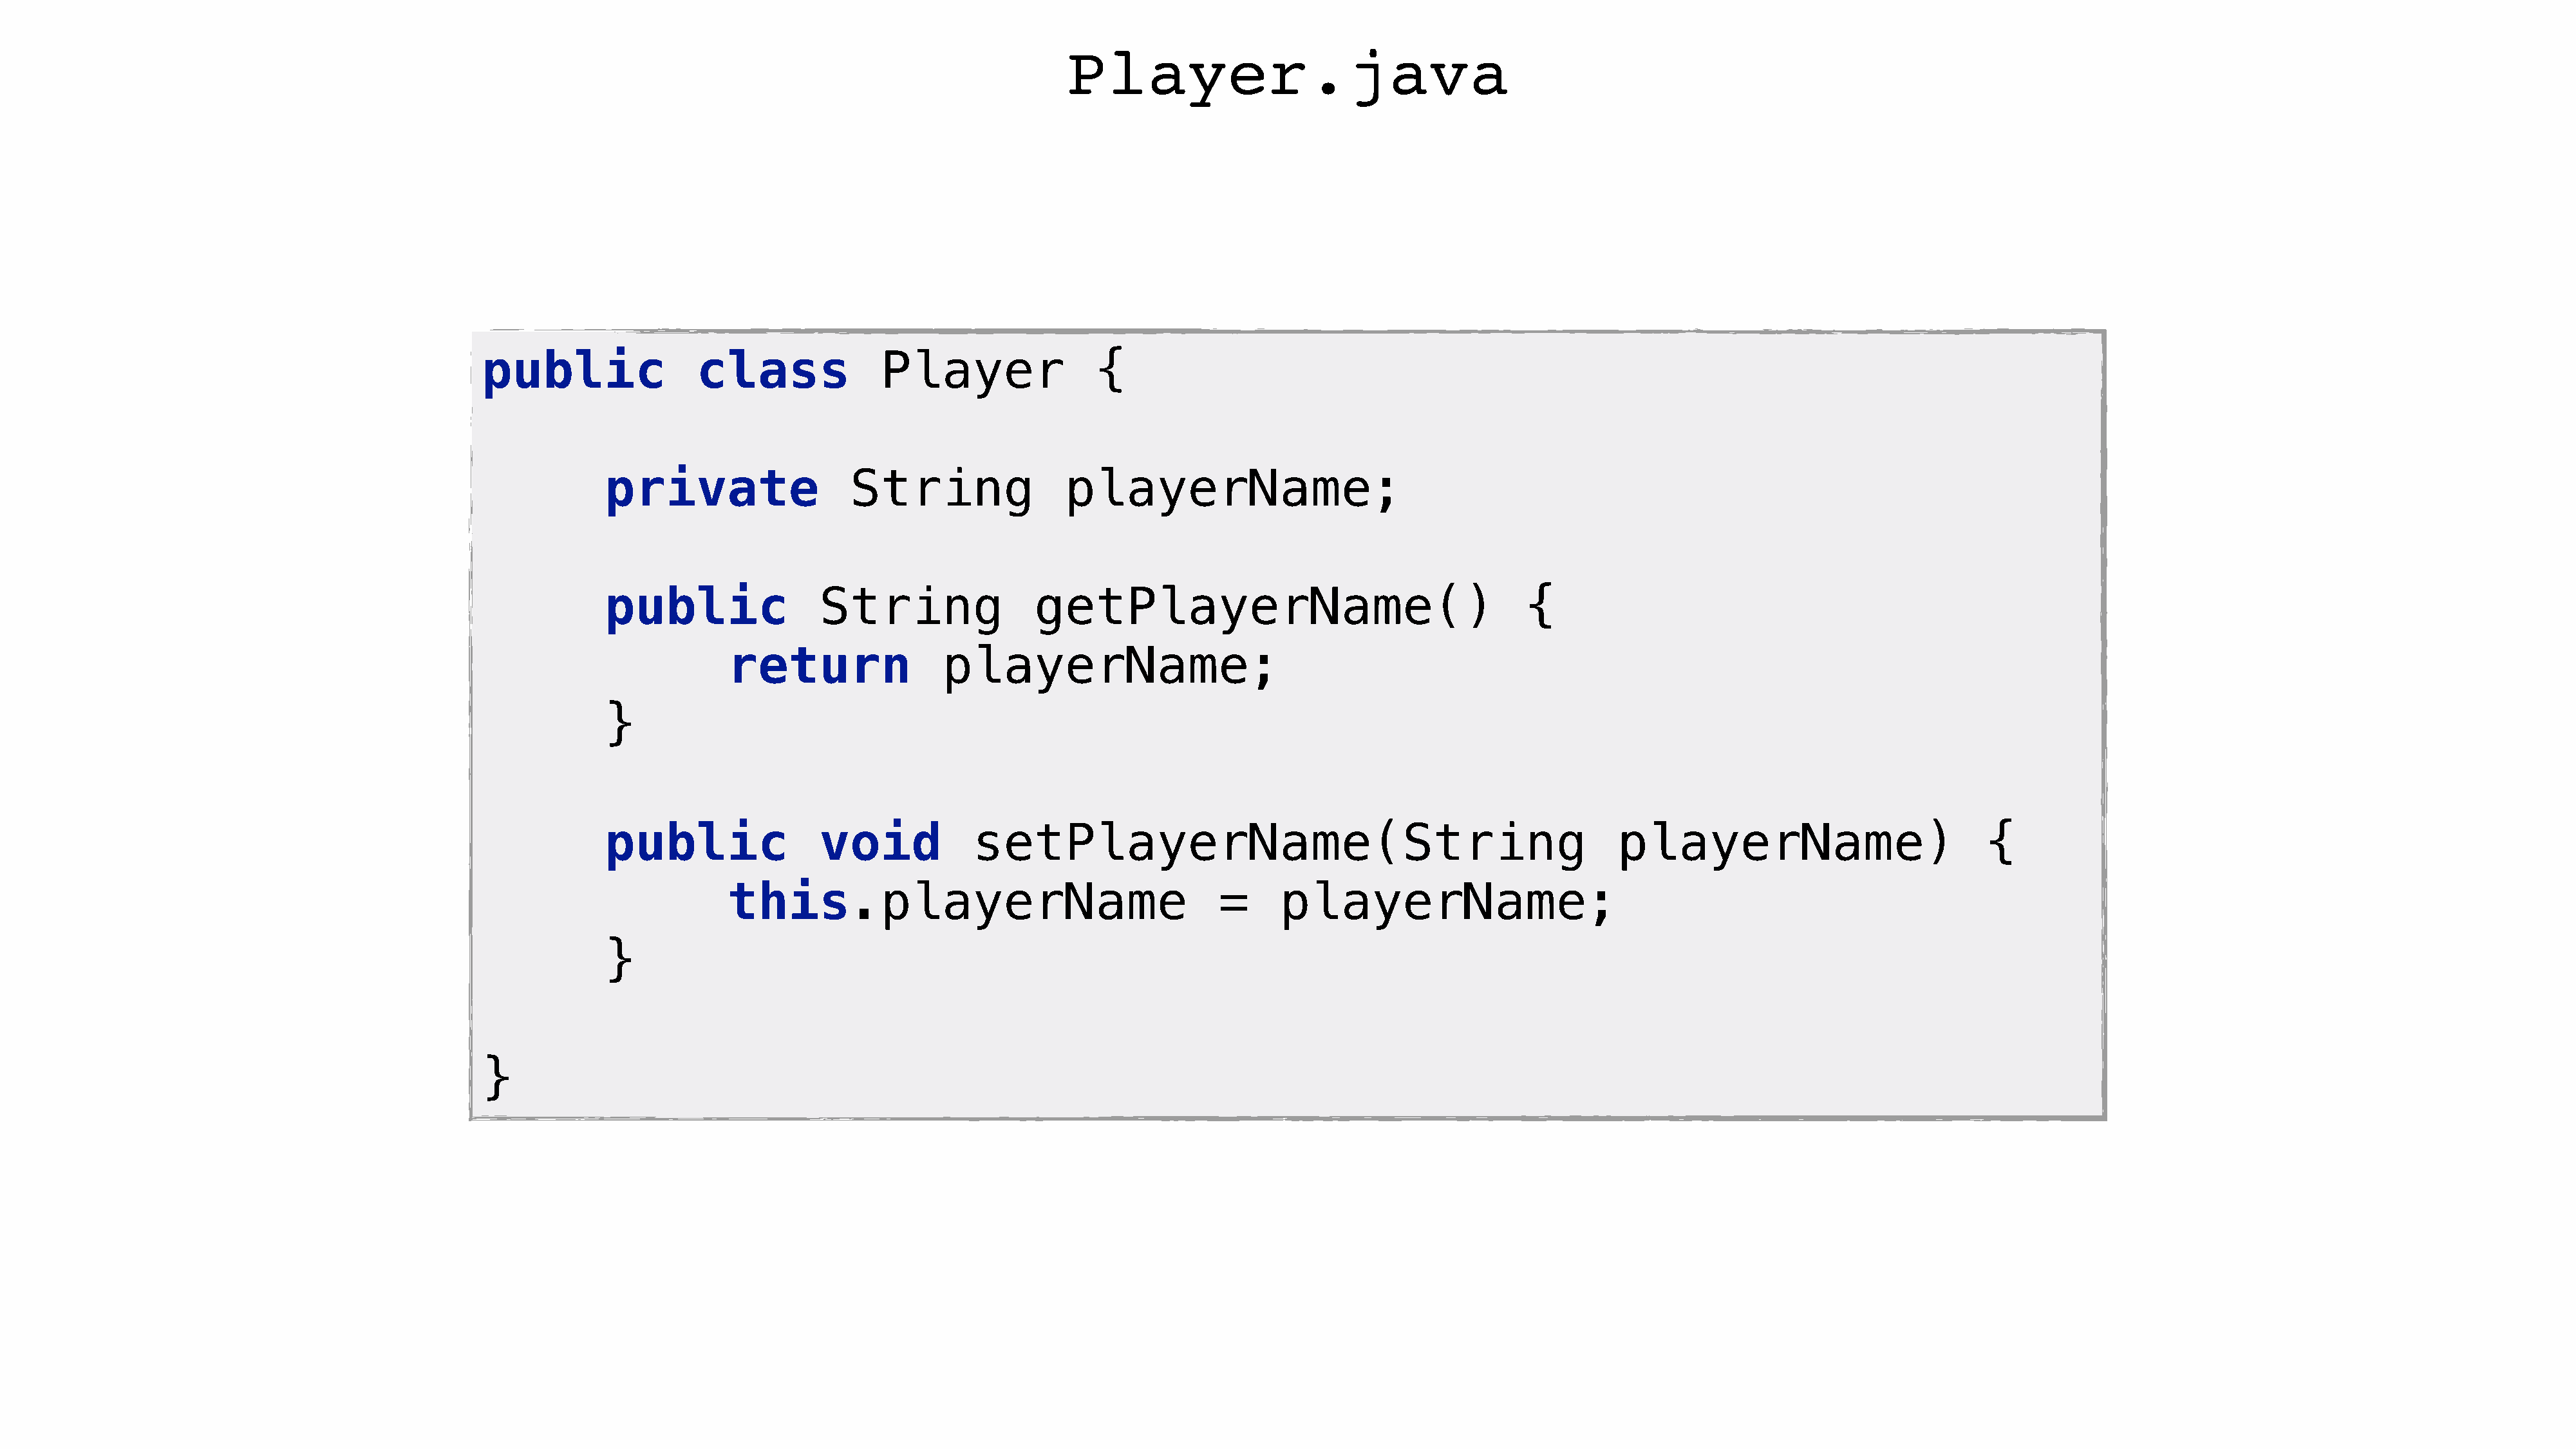
Player.java
 public                class              Player                {
 private                  String                playerName;
 public                String                getPlayerName()                                    {
 return                playerName;
 }
 public                void            setPlayerName(String                                              playerName)                           {
 this.playerName                                   =      playerName;
 }
 }